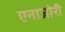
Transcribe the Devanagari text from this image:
एनाजोरी